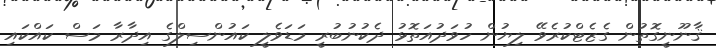
ޤާނޫނީގޮތުން ގެޒެޓްކުރެވޭ ލިޔުން ހުވަދުއަތޮޅު ދެކުނުބުރީ މަޑަވެލީ ކައުންސިލްގެ އިދާރާ މަސް ކައްކައި